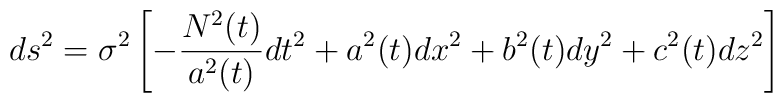
ds^2=\sigma^2\left[-\frac{N^2(t)}{a^2(t)}dt^2 + a^2(t)dx^2 +b^2(t)dy^2+c^2(t)dz^2\right]